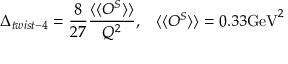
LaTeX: \Delta _ { t w i s t - 4 } = \frac { 8 } { 2 7 } \frac { \langle \langle O ^ { S } \rangle \rangle } { Q ^ { 2 } } , \; \; \; \langle \langle O ^ { S } \rangle \rangle = 0 . 3 3 \mathrm { G e V } ^ { 2 }